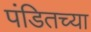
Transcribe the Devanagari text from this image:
पंडितच्या